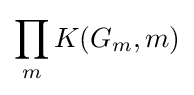
\prod _{m}K(G_{m},m)